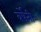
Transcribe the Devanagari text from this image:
वर्षेनी